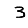
Digit: 3